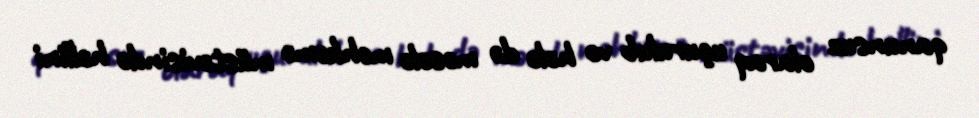
qanunsuz olaraq uçurulub və hələ də məsələ məhkəmə müstəvisində həllini